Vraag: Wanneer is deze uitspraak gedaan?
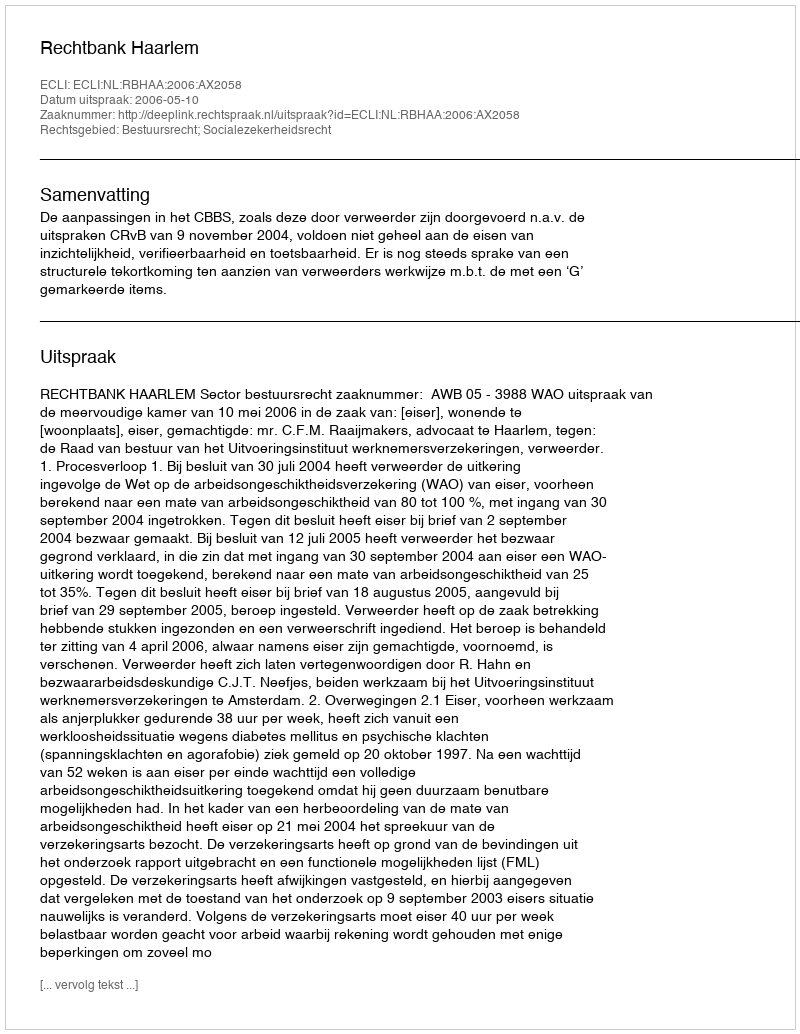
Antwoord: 2006-05-10